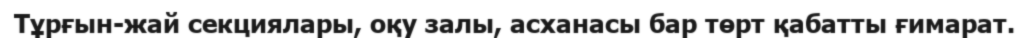
Тұрғын-жай секциялары, оқу залы, асханасы бар төрт қабатты ғимарат.